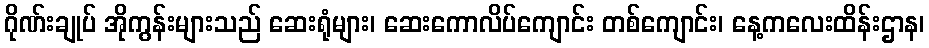
ဂိုဏ်းချုပ် အိုကွန်းများသည် ဆေးရုံများ၊ ဆေးကောလိပ်ကျောင်း တစ်ကျောင်း၊ နေ့ကလေးထိန်းဌာန၊